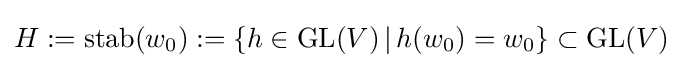
H:=\mathrm {stab} (w_{0}):=\{h\in \mathrm {GL} (V)\,|\,h(w_{0})=w_{0}\}\subset \mathrm {GL} (V)